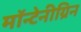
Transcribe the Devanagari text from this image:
मॉन्टेनीग्रिन